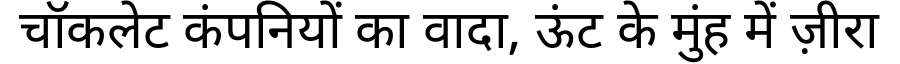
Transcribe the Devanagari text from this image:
चॉकलेट कंपनियों का वादा, ऊंट के मुंह में ज़ीरा